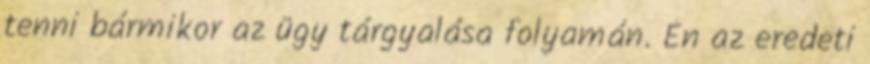
tenni bármikor az ügy tárgyalása folyamán. Én az eredeti